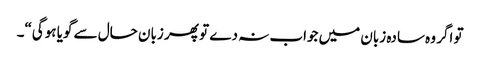
تو اگر وہ سادہ زبان میں جواب نہ دے تو پھر زبان حال سے گویا ہوگی“۔